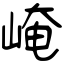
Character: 崦